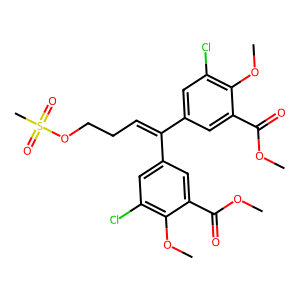
SMILES: COC(=O)c1cc(C(=CCCOS(C)(=O)=O)c2cc(Cl)c(OC)c(C(=O)OC)c2)cc(Cl)c1OC
Inhibits HIV replication: No